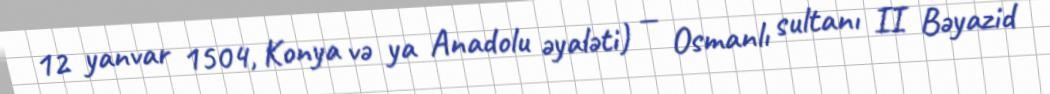
12 yanvar 1504, Konya və ya Anadolu əyaləti) — Osmanlı sultanı II Bəyazid